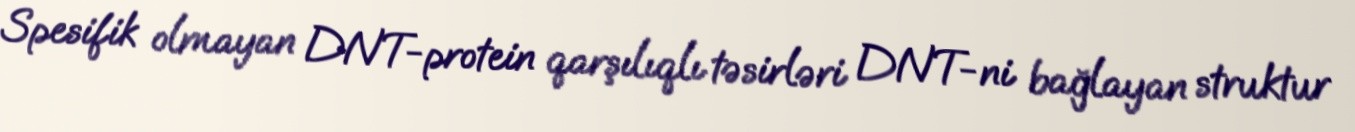
Spesifik olmayan DNT-protein qarşılıqlı təsirləri DNT-ni bağlayan struktur